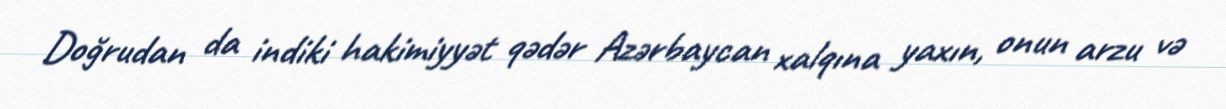
Doğrudan da indiki hakimiyyət qədər Azərbaycan xalqına yaxın, onun arzu və